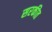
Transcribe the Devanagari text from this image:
सरकीत